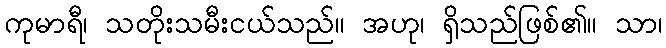
ကုမာရီ၊ သတိုးသမီးငယ်သည်။ အဟု၊ ရှိသည်ဖြစ်၏။ သာ၊